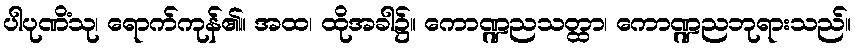
ပါပုဏိံသု၊ ရောက်ကုန်၏။ အထ၊ ထိုအခါ၌။ ကောဏ္ဍညသတ္ထာ၊ ကောဏ္ဍညဘုရားသည်။